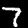
Label: 7